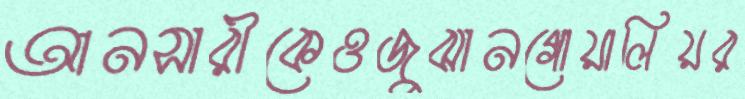
আনসারীকেওজুঝানগোয়ালিয়র